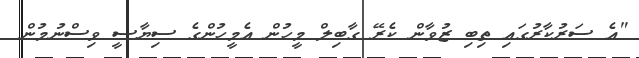
"އެ ސަރުކާރުގައި ތިބި ޒުވާން ކެރޭ ގާބިލް މީހުން އެމީހުންގެ ސިޔާސީ ވިސްނުމުން